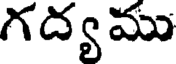
గద్యము